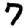
Digit: 7